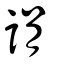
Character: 𧨜